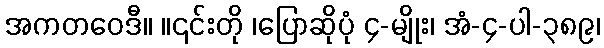
အကတဝေဒီ။ ။၎င်းတို ၊ပြောဆိုပုံ ၄-မျိုး၊ အံ-၄-ပါ-၃၈၉၊